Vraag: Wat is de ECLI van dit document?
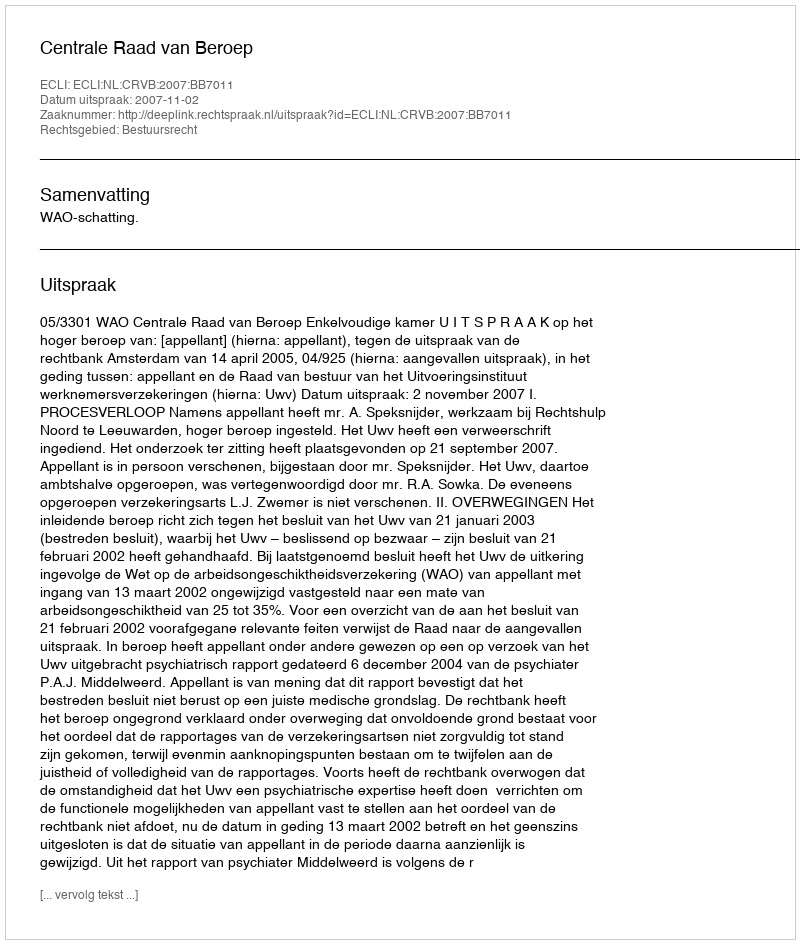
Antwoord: ECLI:NL:CRVB:2007:BB7011